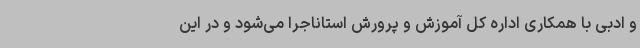
و ادبی با همکاری اداره کل آموزش و پرورش استاناجرا می‌شود و در این